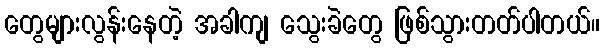
တွေများလွန်းနေတဲ့ အခါကျ သွေးခဲတွေ ဖြစ်သွားတတ်ပါတယ်။